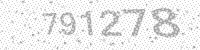
Solution: 791278